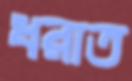
ধরাত